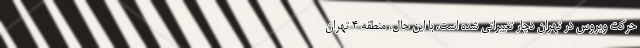
حرکت ویروس در تهران دچار تغییراتی شده است. با این حال، منطقه ۴ تهران